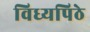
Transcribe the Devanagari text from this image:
विध्यपिठे